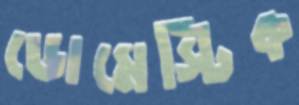
ডোমেস্টিক